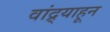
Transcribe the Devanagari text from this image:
वांद्र्याहून